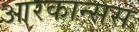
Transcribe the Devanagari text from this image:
आरकान्सस